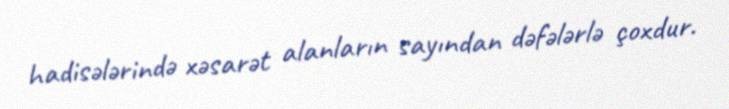
hadisələrində xəsarət alanların sayından dəfələrlə çoxdur.